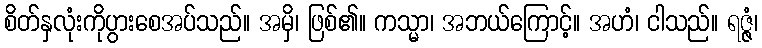
စိတ်နှလုံးကိုပွားစေအပ်သည်။ အမှိ၊ ဖြစ်၏။ ကသ္မာ၊ အဘယ်ကြောင့်။ အဟံ၊ ငါသည်။ ရဇ္ဇံ၊